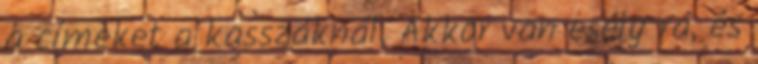
a címeket a kasszáknál. Akkor van esély rá, és